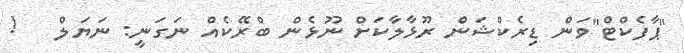
"ޕާފެކްޓް"ވަން ޑިރެކްޝަން ރޫޅާލާކަށް ނޫޅެން ބްރޭކެއް ނަގަނީ: ނަޔަލް   !